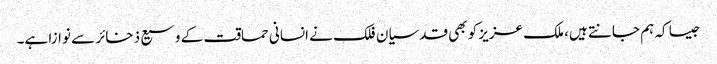
جیسا کہ ہم جانتے ہیں، ملک عزیز کو بھی قدسیان فلک نے انسانی حماقت کے وسیع ذخائر سے نوازا ہے۔